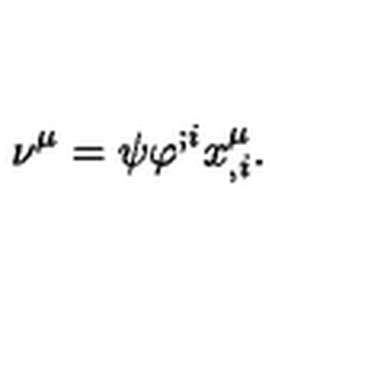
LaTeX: \nu ^ { \mu } = \psi \varphi ^ { ; i } x _ { , i } ^ { \mu } .